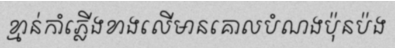
ខ្មាន់កាំភ្លើងខាងលើមានគោលបំណងប៉ុនប៉ង